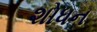
શોધન